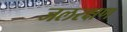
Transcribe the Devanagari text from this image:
जलरक्षण